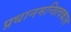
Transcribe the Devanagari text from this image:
प्रधानमन्त्रित्वकाल